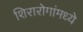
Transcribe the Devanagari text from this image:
शिरारोगांमध्ये